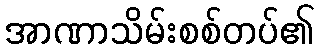
အာဏာသိမ်းစစ်တပ်၏